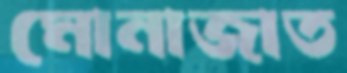
মোনাজাত